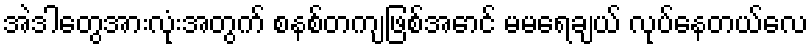
အဲဒါတွေအားလုံးအတွက် စနစ်တကျဖြစ်အောင် မမရေချယ် လုပ်နေတယ်လေ